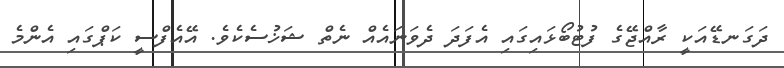
ދަގަނޑޭއަކީ ރާއްޖޭގެ ފުޓުބޯޅައިގައި އެފަދަ ދެވަނައެއް ނެތް ޝަޚުސެކެވެ. އޭއެފްސީ ކަޕްގައި އެންމެ